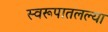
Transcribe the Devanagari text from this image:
स्वरूपातलल्या